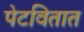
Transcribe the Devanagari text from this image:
पेटवितात